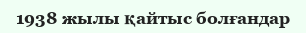
1938 жылы қайтыс болғандар